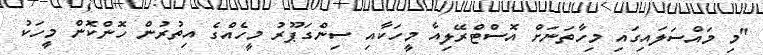
"މި މައްސަލައިގައި މިހާތަނަށް އޮސްޓްރޭލިއާ މީހަކާއި ސިންގަޕޫރު މީހެއްގެ އިތުރުން ހޮންކޮން މީހަކު